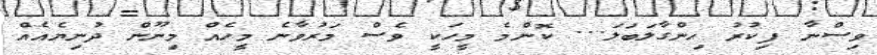
ވިސްނާ ފިކުރު ހިންގާލަބަލަ... ކޮންމެ މީހަކީ ވެސް މަރުވާނެ މީހެއް މިނޫން ދުނިޔެއެއް